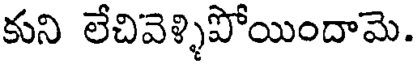
కుని లేచివెళ్ళిపోయిందామె.